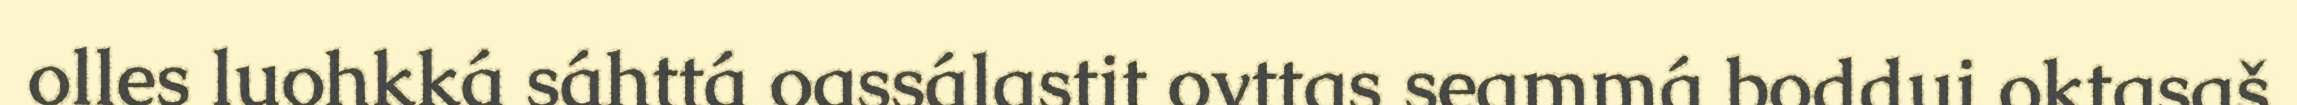
olles luohkká sáhttá oassálastit ovttas seammá boddui oktasaš